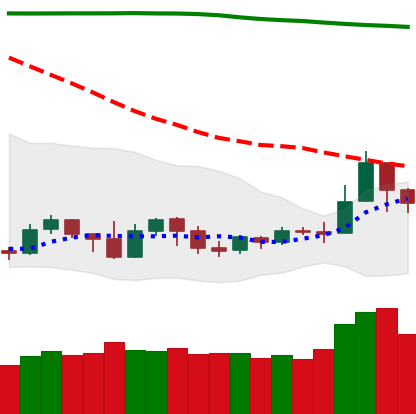
Ticker: NEO-USD
Chart end date: 2019-09-20
Forward return: -21.46%
Label: down_7plus